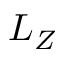
L _ { Z }